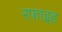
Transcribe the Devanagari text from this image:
रफ़ाइह